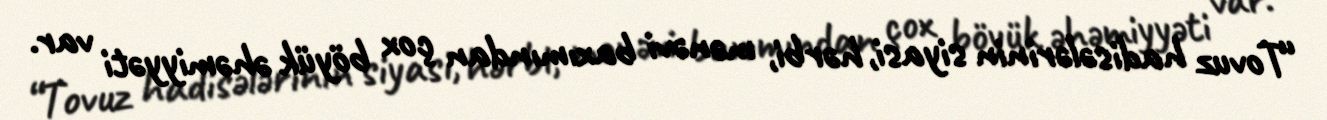
“Tovuz hadisələrinin siyasi, hərbi, mənəvi baxımından çox böyük əhəmiyyəti var.